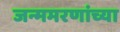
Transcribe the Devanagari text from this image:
जन्ममरणांच्या